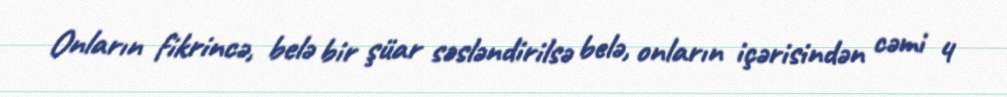
Onların fikrincə, belə bir şüar səsləndirilsə belə, onların içərisindən cəmi 4